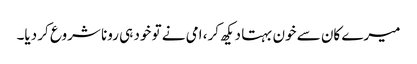
میرے کان سے خون بہتا دیکھ کر، امی نے تو خود ہی رونا شروع کر دیا۔